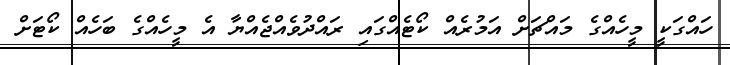
ހައްގަކީ މީހެއްގެ މައްޗަށް އަމުރެއް ކޯޓެއްގައި ރައްދުވެއްޖެއްޔާ އެ މީހެއްގެ ބަހެއް ކޯޓަށް